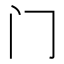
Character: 门